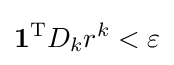
\mathbf {1} ^{\operatorname {T} }D_{k}r^{k}<\varepsilon